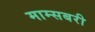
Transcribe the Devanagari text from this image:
माम्सबरी